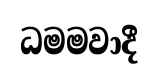
ධමමවාදී